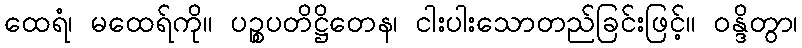
ထေရံ၊ မထေရ်ကို။ ပဉ္စပတိဋ္ဌိတေန၊ ငါးပါးသောတည်ခြင်းဖြင့်။ ဝန္ဒိတွာ၊